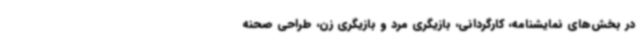
در بخش‌های نمایشنامه، کارگردانی، بازیگری مرد و بازیگری زن، طراحی صحنه